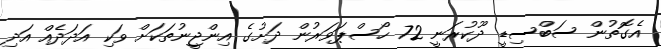
އެގޮތުން ސަބްސިޑީ ދޫކުރަނީ 72 ހޯސްޕަވަރުން ދަށުގެ އިންޖީނުތަކަށް ވަކި އަދަދެއް އަދި